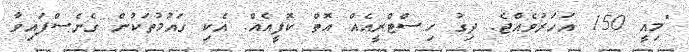
"މިއީ 150 އަހަރުވެއްޖެ. ދިގު ހިސްޓްރީއެއް އޮތް ކޮފީއެއް. އެކި ގައުމުތަކުން ގެނެސްފައިވާ